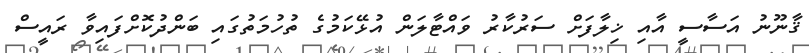
ޤާނޫނު އަސާސީ އާއި ޚިލާފަށް ސަރުކާރު ވައްޓާލަން އުޅޭކަމުގެ ތުހުމަތުގައި ބަންދުކޮށްފައިވާ ރައީސް